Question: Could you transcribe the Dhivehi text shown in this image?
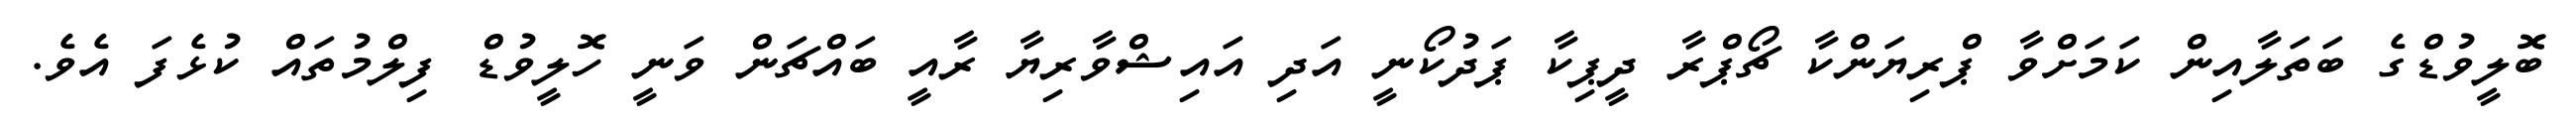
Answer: ބޮލީވުޑްގެ ބަތަލާއިން ކަމަށްވާ ޕްރިޔަންކާ ޗޯޕްރާ ދީޕިކާ ޕަދުކޯނީ އަދި އައިޝްވާރިޔާ ރާއީ ބައްޗަން ވަނީ ހޮލީވުޑް ފިލްމުތައް ކުޅެފަ އެވެ.